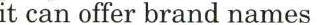
it can offer brand names